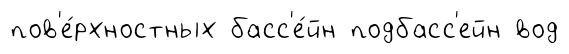
пов'е́рхностных басс'е́йн подбасс'ейн вод